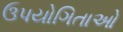
ઉપયોગિતાઓ